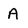
Character: A